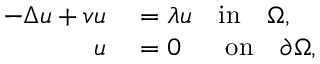
\begin{array} { r l } { - \Delta u + v u } & { { } = \lambda u \quad \mathrm { i n } \quad \Omega , } \\ { u } & { { } = 0 \quad \ \ \mathrm { o n } \quad \partial \Omega , } \end{array}